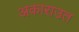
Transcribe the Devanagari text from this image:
अकाराउत